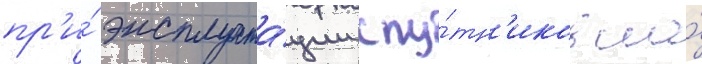
пр'и́ эксплуата́ции спу́тн'иков на́